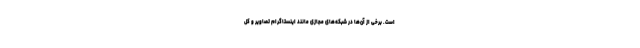
است. برخی از آن‌ها در شبکه‌های مجازی مانند اینستاگرام تصاویر و کل